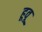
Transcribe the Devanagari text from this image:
हूवू